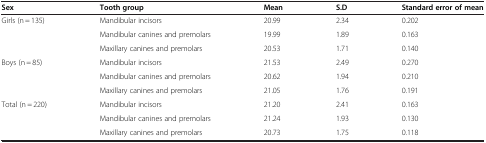
| Sex | Tooth group | Mean | S.D | Standard error of mean |
 | --- | --- | --- | --- | --- |
 | Girls (n = 135) | Mandibular incisors | 20.99 | 2.34 | 0.202 |
 |  | Mandibular canines and premolars | 19.99 | 1.89 | 0.163 |
 |  | Maxillary canines and premolars | 20.53 | 1.71 | 0.140 |
 | Boys (n = 85) | Mandibular incisors | 21.53 | 2.49 | 0.270 |
 |  | Mandibular canines and premolars | 20.62 | 1.94 | 0.210 |
 |  | Maxillary canines and premolars | 21.05 | 1.76 | 0.191 |
 | Total (n = 220) | Mandibular incisors | 21.20 | 2.41 | 0.163 |
 |  | Mandibular canines and premolars | 21.24 | 1.93 | 0.130 |
 |  | Maxillary canines and premolars | 20.73 | 1.75 | 0.118 |